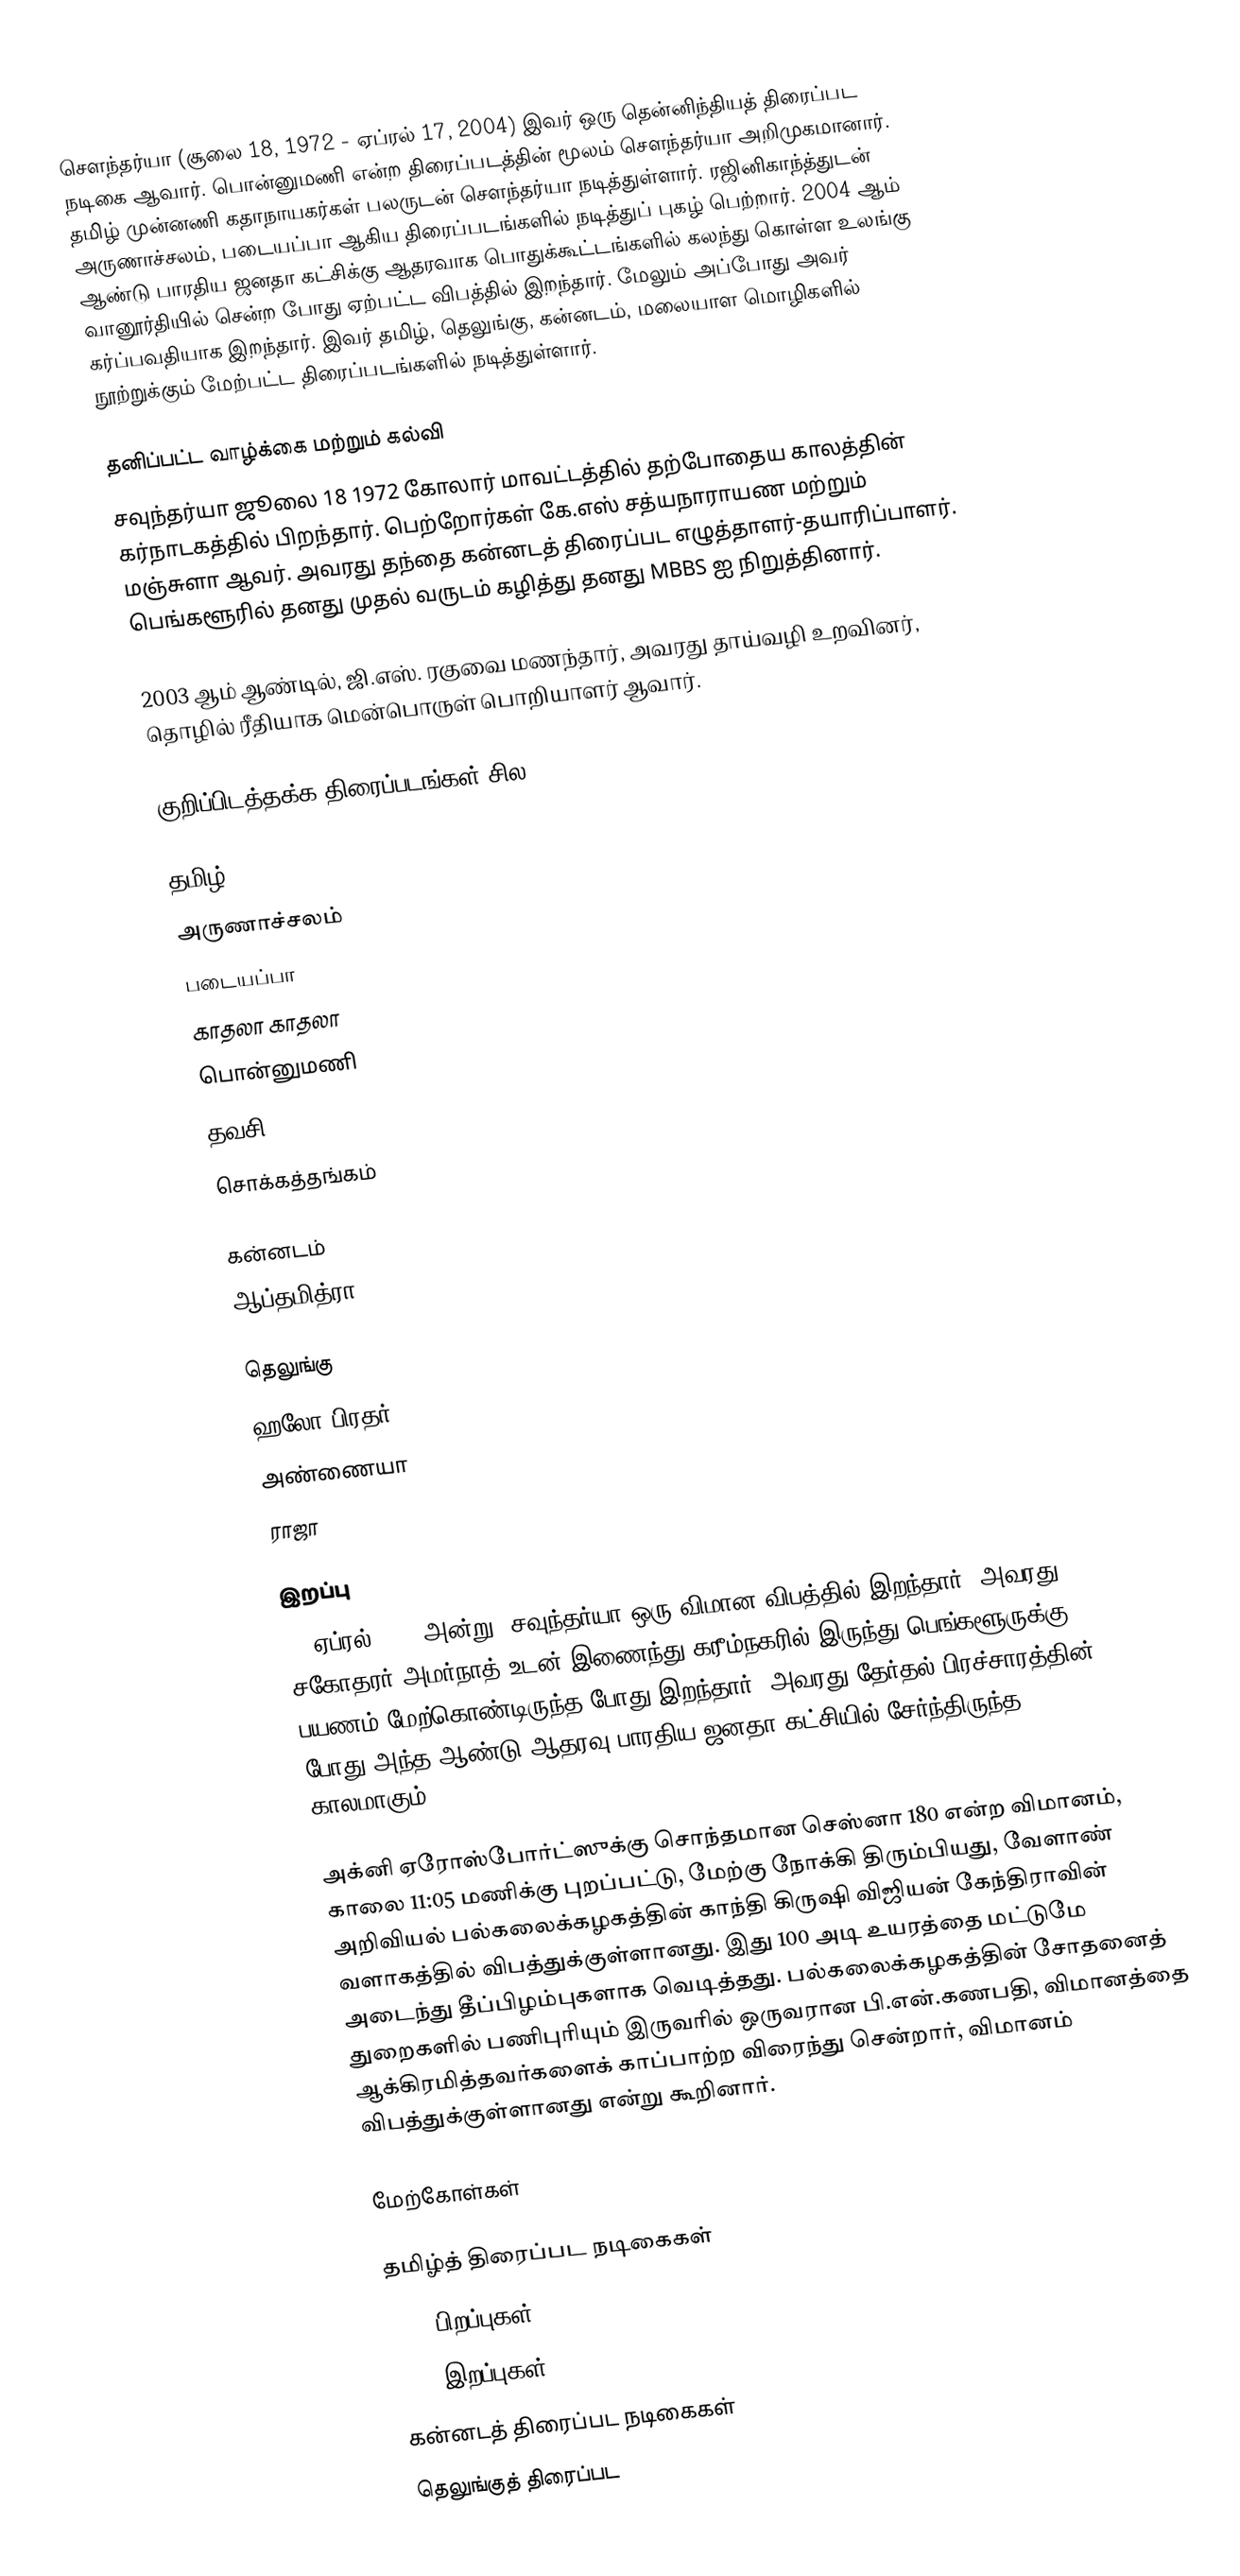
சௌந்தர்யா (சூலை 18, 1972 - ஏப்ரல் 17, 2004) இவர் ஒரு தென்னிந்தியத் திரைப்பட நடிகை ஆவார். பொன்னுமணி என்ற திரைப்படத்தின் மூலம் செளந்தர்யா அறிமுகமானார். தமிழ் முன்னணி கதாநாயகர்கள் பலருடன் செளந்தர்யா நடித்துள்ளார். ரஜினிகாந்த்துடன் அருணாச்சலம், படையப்பா ஆகிய திரைப்படங்களில் நடித்துப் புகழ் பெற்றார். 2004 ஆம் ஆண்டு பாரதிய ஜனதா கட்சிக்கு ஆதரவாக பொதுக்கூட்டங்களில் கலந்து கொள்ள உலங்கு வானூர்தியில் சென்ற போது ஏற்பட்ட விபத்தில் இறந்தார்.  மேலும் அப்போது  அவர் கர்ப்பவதியாக இறந்தார். இவர் தமிழ், தெலுங்கு, கன்னடம், மலையாள மொழிகளில் நூற்றுக்கும் மேற்பட்ட திரைப்படங்களில் நடித்துள்ளார்.

தனிப்பட்ட வாழ்க்கை மற்றும் கல்வி
சவுந்தர்யா ஜூலை 18 1972 கோலார் மாவட்டத்தில் தற்போதைய காலத்தின் கர்நாடகத்தில் பிறந்தார். பெற்றோர்கள் கே.எஸ் சத்யநாராயண மற்றும் மஞ்சுளா ஆவர். அவரது தந்தை கன்னடத் திரைப்பட எழுத்தாளர்-தயாரிப்பாளர். பெங்களூரில் தனது முதல் வருடம் கழித்து தனது MBBS ஐ நிறுத்தினார்.

2003 ஆம் ஆண்டில், ஜி.எஸ். ரகுவை மணந்தார், அவரது தாய்வழி உறவினர், தொழில் ரீதியாக மென்பொருள் பொறியாளர் ஆவார்.

குறிப்பிடத்தக்க திரைப்படங்கள் சில

தமிழ்
 அருணாச்சலம்
 படையப்பா
 காதலா காதலா
 பொன்னுமணி
 தவசி
சொக்கத்தங்கம்

கன்னடம்
 ஆப்தமித்ரா

தெலுங்கு
 ஹலோ பிரதர்
 அண்ணையா
 ராஜா

இறப்பு
17 ஏப்ரல் 2004 அன்று, சவுந்தர்யா ஒரு விமான விபத்தில் இறந்தார். அவரது சகோதரர் அமர்நாத் உடன் இணைந்து கரீம்நகரில் இருந்து பெங்களூருக்கு பயணம் மேற்கொண்டிருந்த போது இறந்தார். அவரது தேர்தல் பிரச்சாரத்தின் போது அந்த ஆண்டு ஆதரவு பாரதிய ஜனதா கட்சியில் சேர்ந்திருந்த காலமாகும்.

அக்னி ஏரோஸ்போர்ட்ஸுக்கு சொந்தமான செஸ்னா 180 என்ற விமானம், காலை 11:05 மணிக்கு புறப்பட்டு, மேற்கு நோக்கி திரும்பியது, வேளாண் அறிவியல் பல்கலைக்கழகத்தின் காந்தி கிருஷி விஜியன் கேந்திராவின் வளாகத்தில் விபத்துக்குள்ளானது. இது 100 அடி உயரத்தை மட்டுமே அடைந்து தீப்பிழம்புகளாக வெடித்தது. பல்கலைக்கழகத்தின் சோதனைத் துறைகளில் பணிபுரியும் இருவரில் ஒருவரான பி.என்.கணபதி, விமானத்தை ஆக்கிரமித்தவர்களைக் காப்பாற்ற விரைந்து சென்றார், விமானம் விபத்துக்குள்ளானது என்று கூறினார்.

மேற்கோள்கள்

தமிழ்த் திரைப்பட நடிகைகள்
1971 பிறப்புகள்
2004 இறப்புகள்
கன்னடத் திரைப்பட நடிகைகள்
தெலுங்குத் திரைப்பட